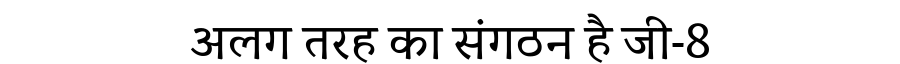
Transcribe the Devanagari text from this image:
अलग तरह का संगठन है जी-8